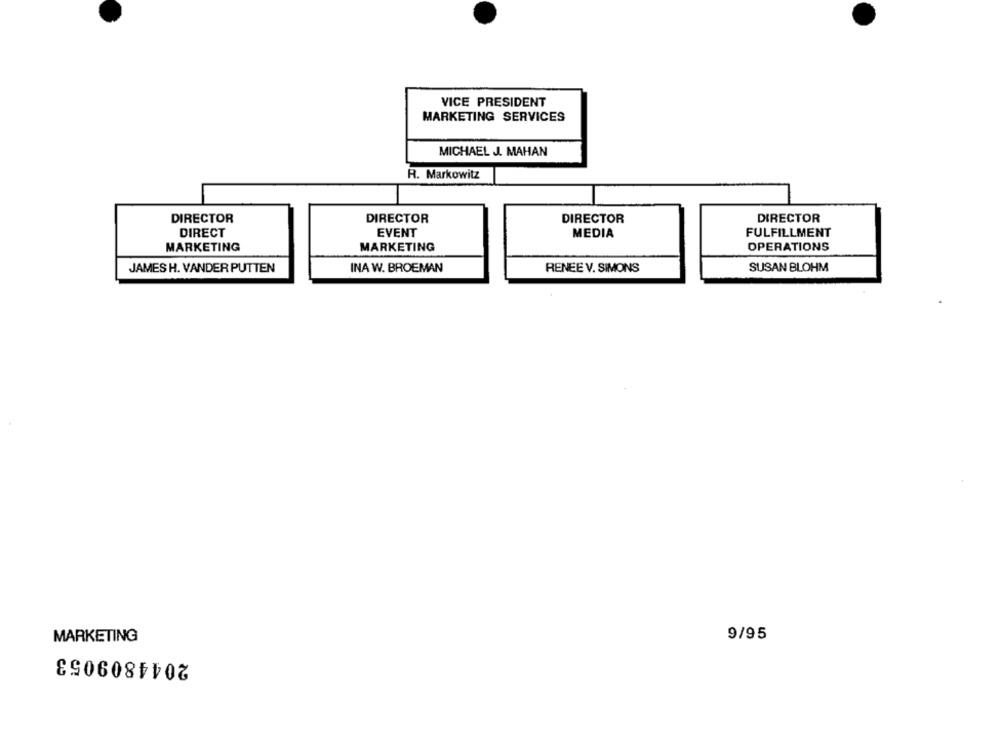
VICE PRESIDENT
MARKETING SERVICES
MICHAEL J. MAHAN
R. Markowitz
DIRECTOR
DIRECTOR
DIRECTOR
DIRECTOR
DIRECT
EVENT
MEDIA
FULFILLMENT
MARKETING
MARKETING
OPERATIONS
JAMES H. VANDER PUTTEN
INA W. BROEMAN
RENEE V. SIMONS
SUSAN BLOHM
MARKETING
9/95
2044809053